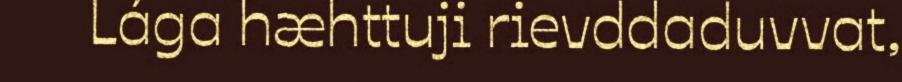
Lága hæhttuji rievddaduvvat,